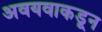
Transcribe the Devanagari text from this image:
अवयवाकडून